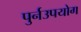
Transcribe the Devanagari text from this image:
पुर्नउपयोग